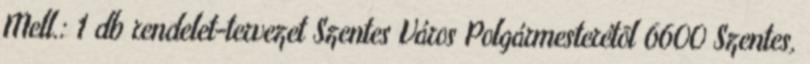
Mell.: 1 db rendelet-tervezet Szentes Város Polgármesterétõl 6600 Szentes,